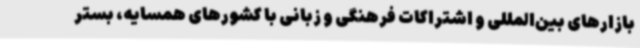
بازارهای بین‌المللی و اشتراکات فرهنگی و زبانی با کشورهای همسایه، بستر